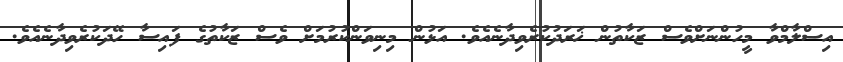
އިސްލާމްވާ މީހުންނަށްވެސް ޒަކާތުން ޚަރަދުކުރެވިދާނެއެވެ. އަޅުން މިނިވަންކުރުމަށް ވެސް ޒަކާތުގެ ފައިސާ ހޭދަކުރެވިދާނެއެވެ.